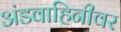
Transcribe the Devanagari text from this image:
अंडवाहिनीवर